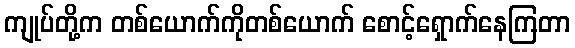
ကျုပ်တို့က တစ်ယောက်ကိုတစ်ယောက် စောင့်ရှောက်နေကြတာ